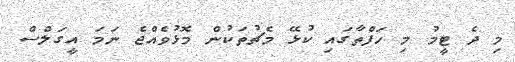
މި ދެ ޓީމު މި ހަފްތާގައި ކުޅޭ މެޗުތަކުން މޮޅުވެއްޖެ ނަމަ އީގަލްސް